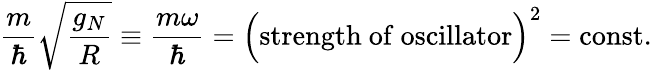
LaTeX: {\frac{m}{\hbar}}\sqrt{\frac{g_{N}}{R}}\equiv{\frac{m\omega}{\hbar}}=\Bigl(\mathrm{strength~of~oscillator}\Bigr)^{2}=\mathrm{const}.